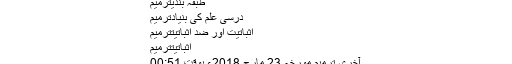
طبقہ بندیترميم
درسی علم کی بنیادترميم
اثباتیت اور ضدِ اثباتیتترميم
اثباتیتترميم
آخری ترمیم مورخہ 23 مارچ 2018ء بوقت 00:51